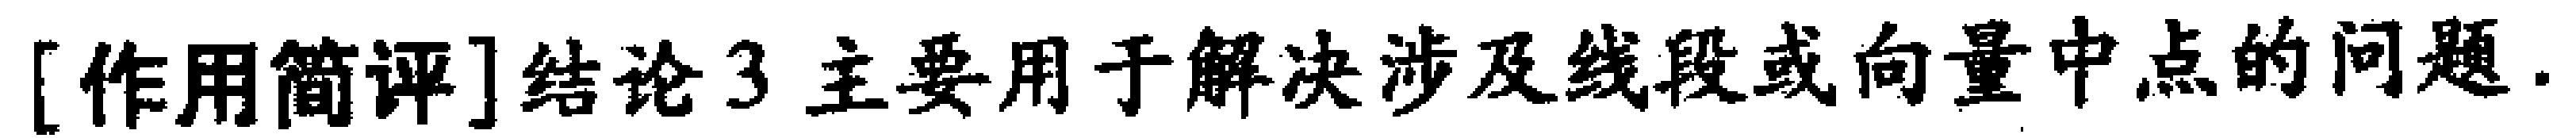
[作用简评]结论3主要用于解决涉及线段或向量中点的问题.